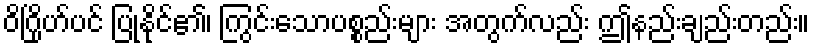
ဝိဂြိုဟ်ပင် ပြုနိုင်၏၊ ကြွင်းသောပစ္စည်းများ အတွက်လည်း ဤနည်းချည်းတည်း။